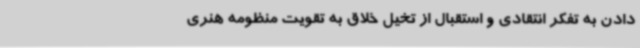
دادن به تفکر انتقادی و استقبال از تخیل خلاق به تقویت منظومه هنری